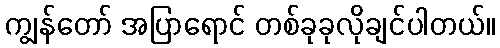
ကျွန်တော် အပြာရောင် တစ်ခုခုလိုချင်ပါတယ်။